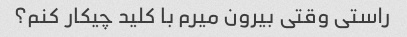
راستی وقتی بیرون میرم با کلید چیکار کنم؟